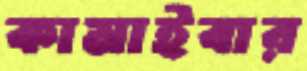
কামাইবার